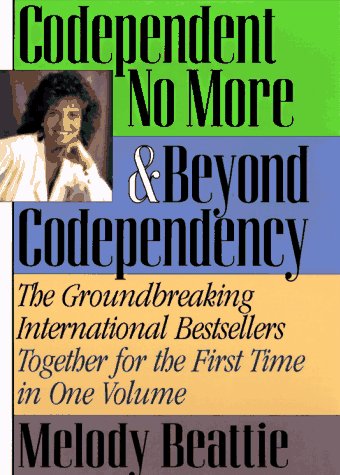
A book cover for Codependent No More & Beyond Codependency; Melody Beattie; Self-Help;